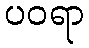
ပဝရာ